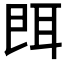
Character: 𦕁